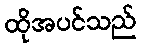
ထိုအပင်သည်